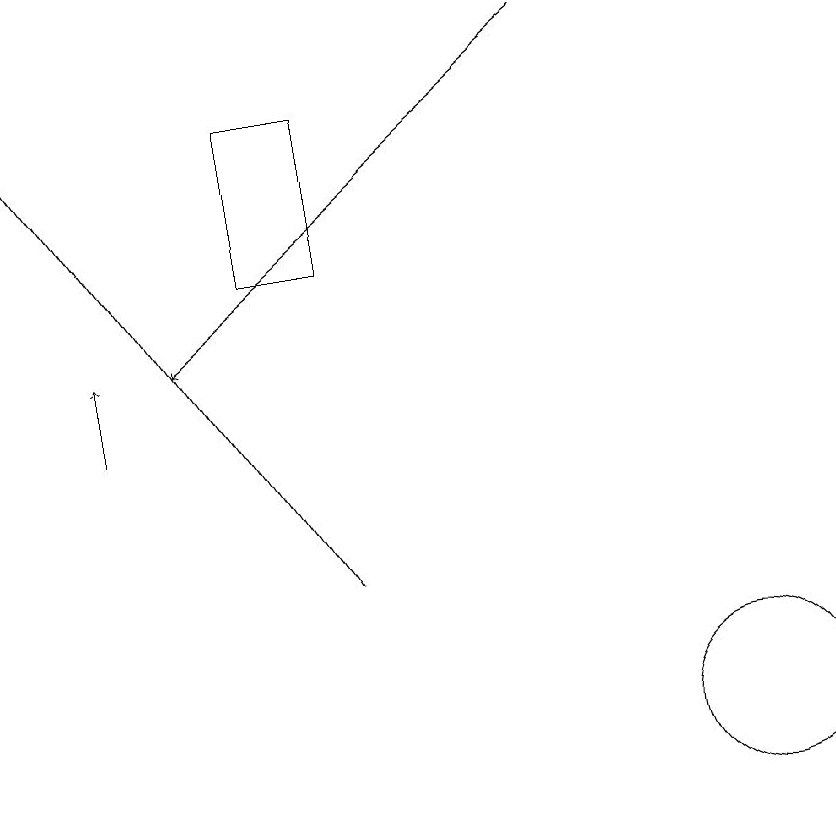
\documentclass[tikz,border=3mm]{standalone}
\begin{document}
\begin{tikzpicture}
\draw (6,18) rectangle (5,16);
\draw[->] (9,19) -- (4,15);
\draw[->] (6,12) -- (2,18);
\draw[->] (3,14) -- (3,15);
\draw (11,10) circle (1);
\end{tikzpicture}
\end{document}